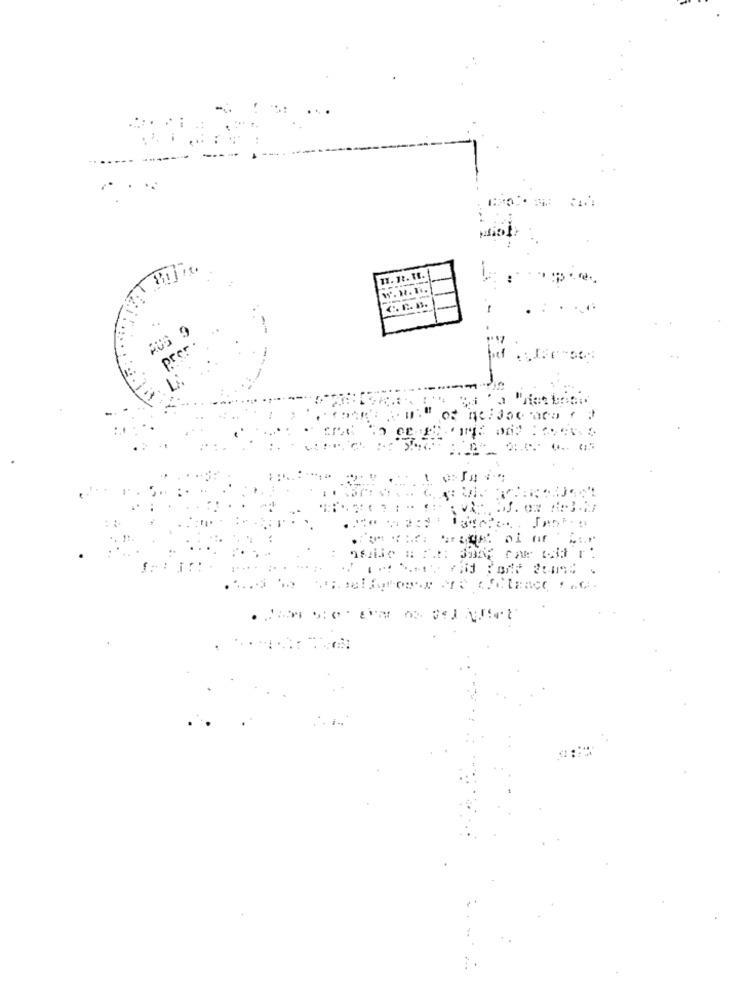
11. 12. 1 ..
W. H. I.
RUG 9
prer